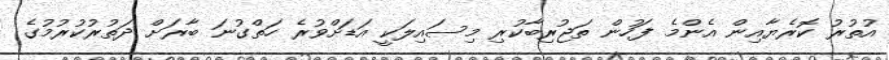
އުތުރު ކޮރެޔާއިން އެންމެ ފަހުން ތަޖުރިބާކުރި މިސައިލަކީ އަޑަށްވުރެ ހަތްގުނަ ބާރަށް ދަތުރުކުރުމުގެ